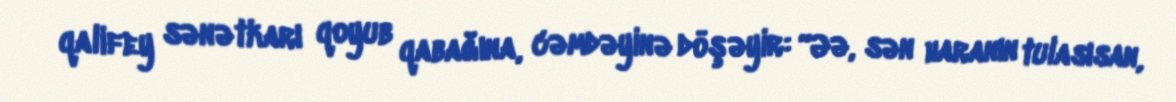
qalifey sənətkarı qoyub qabağına, cəmdəyinə döşəyir: “Əə, sən haranın tulasısan,